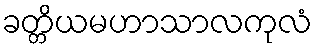
ခတ္တိယမဟာသာလကုလံ